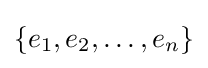
\lbrace e_{1},e_{2},\dotsc ,e_{n}\rbrace